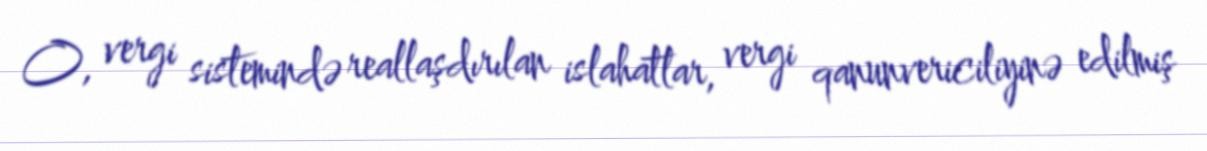
O, vergi sistemində reallaşdırılan islahatlar, vergi qanunvericiliyinə edilmiş